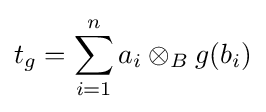
t_{g}=\sum _{i=1}^{n}a_{i}\otimes _{B}g(b_{i})